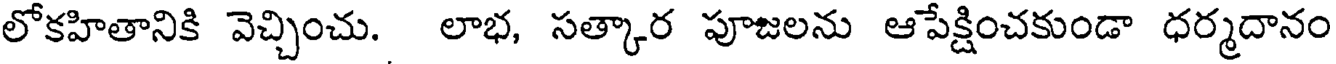
లోకహితానికి వెచ్చించు. లాభ, సత్కార పూజలను ఆపేక్షించకుండా ధర్మదానం